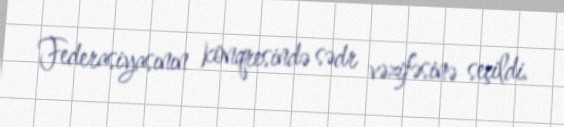
Federasiyasının konqresində sədr vəzifəsinə seçildi.